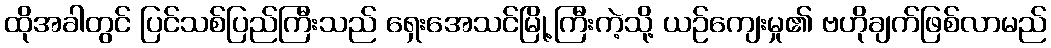
ထိုအခါတွင် ပြင်သစ်ပြည်ကြီးသည် ရှေးအေသင်မြို့ကြီးကဲ့သို့ ယဉ်ကျေးမှု၏ ဗဟိုချက်ဖြစ်လာမည်